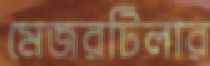
মেজরটিলার